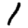
Digit: 1